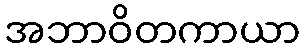
အဘာဝိတကာယာ